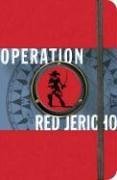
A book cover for Operation Red Jericho (The Guild of Specialists); Joshua Mowll; Teen & Young Adult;